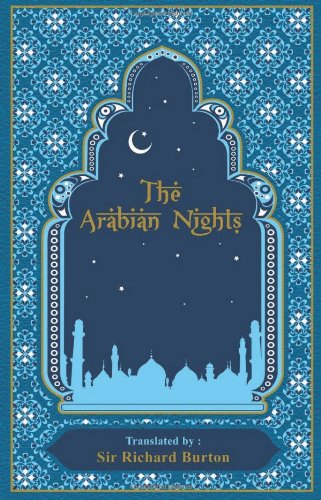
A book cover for The Arabian Nights; Richard Burton; Literature & Fiction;